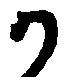
か